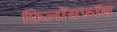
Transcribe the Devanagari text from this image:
फ़िलॉसफ़ॉस